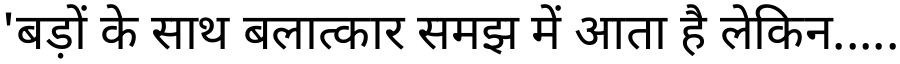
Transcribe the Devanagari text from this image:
'बड़ों के साथ बलात्कार समझ में आता है लेकिन.....